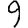
Digit: 9